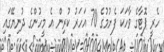
ހެރީ ޕޮޓާގެ ވާހަކަ ފެށުމުގެ 70 އަހަރު ކުރިން އެ މީހުންގެ ދުނިޔޭގައި